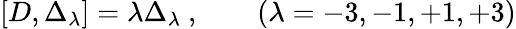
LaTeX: [D,\Delta_{\lambda}]=\lambda\Delta_{\lambda}\ ,\qquad(\lambda=-3,-1,+1,+3)